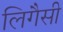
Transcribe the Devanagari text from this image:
लिगैसी